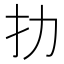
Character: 扐